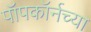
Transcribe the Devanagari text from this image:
पॉपकॉर्नच्या